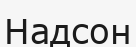
Надсон